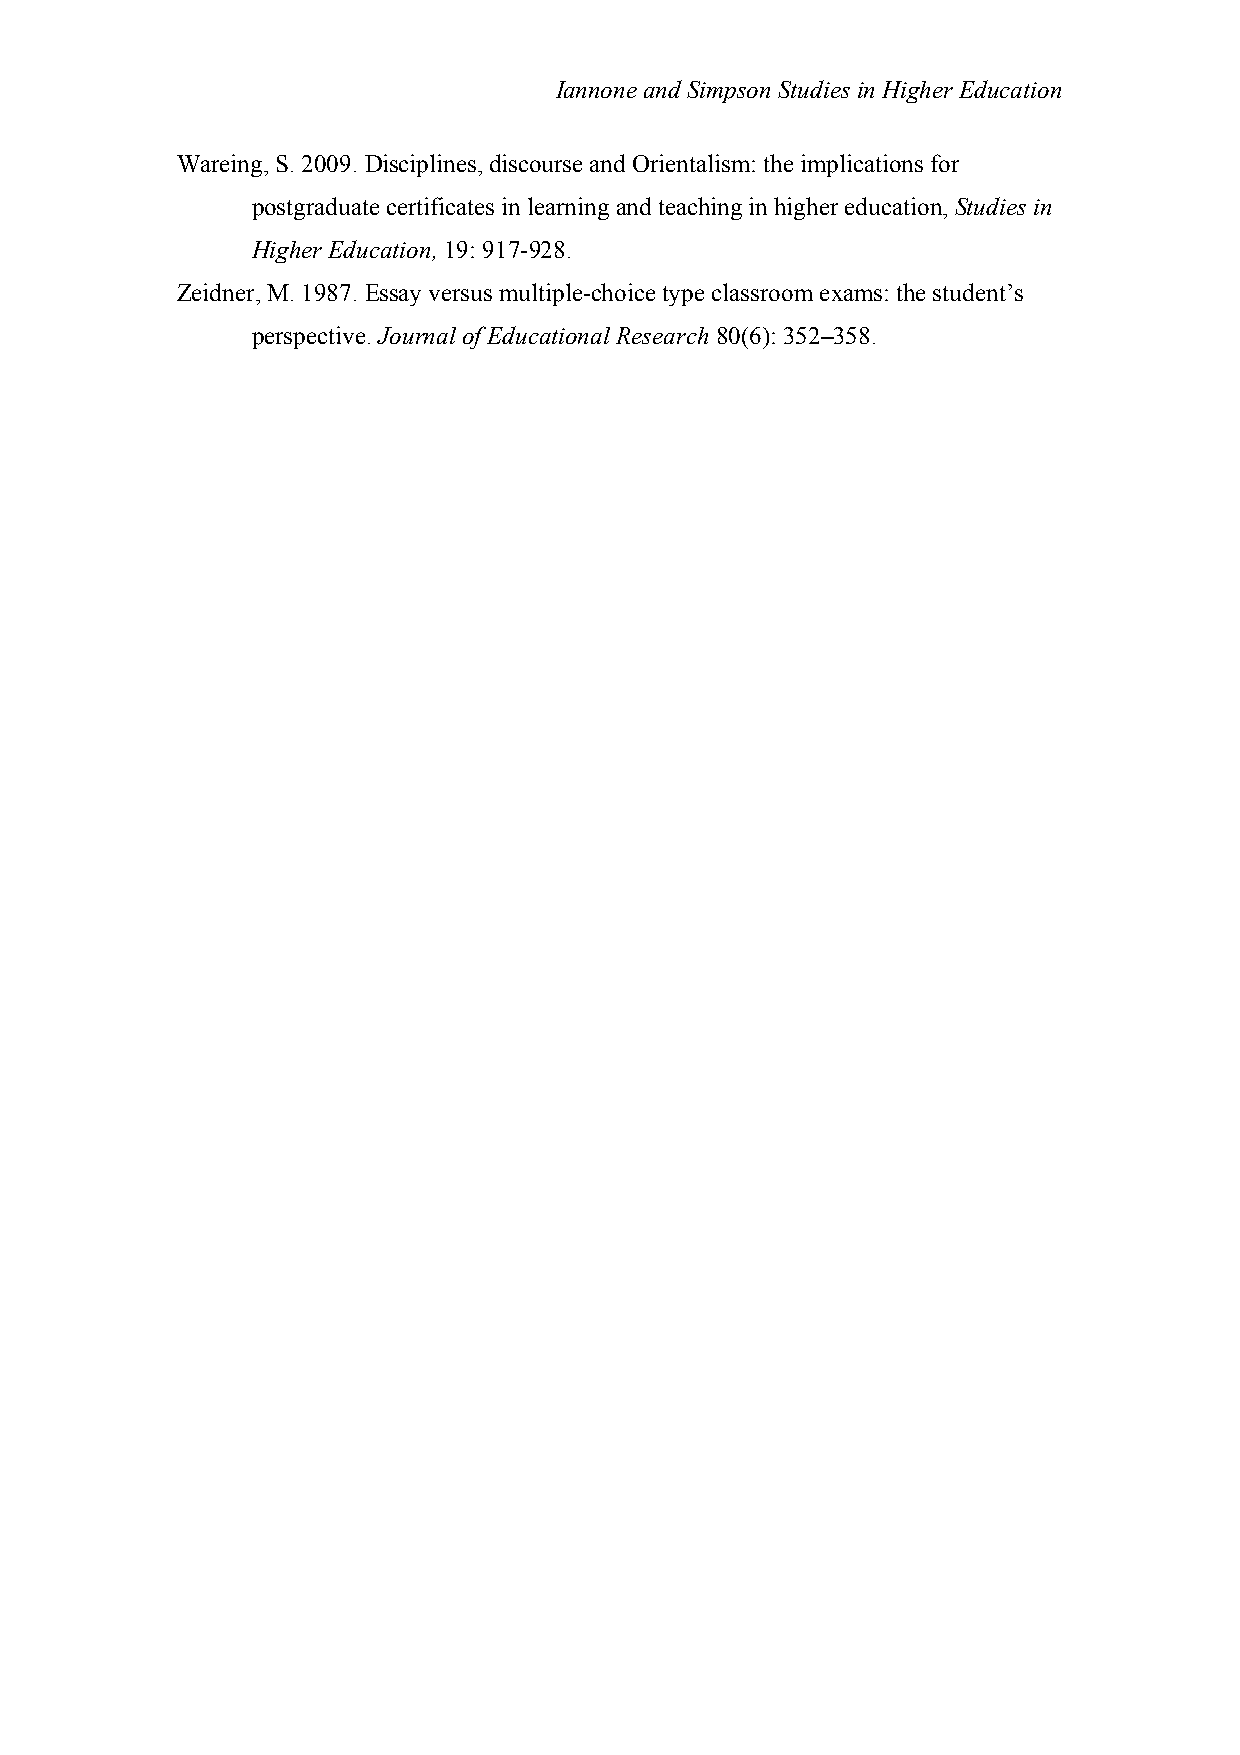
Iannone and Simpson Studies in Higher Education
 Wareing, S. 2009. Disciplines, discourse and Orientalism: the implications for
 postgraduate certificates in learning and teaching in higher education, Studies in
 Higher Education, 19: 917-928.
 Zeidner, M. 1987. Essay versus multiple-choice type classroom exams: the student’s
 perspective. Journal of Educational Research 80(6): 352–358.